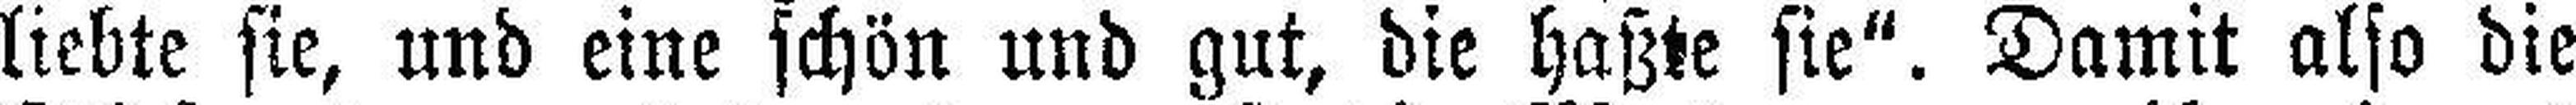
liebte sie, und eine schön und gut, die haßte sie“. Damit also die